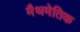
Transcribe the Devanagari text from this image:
मैथमेतिक